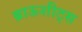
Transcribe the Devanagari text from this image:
ब्राऊशीट्स